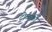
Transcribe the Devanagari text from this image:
टोळकी